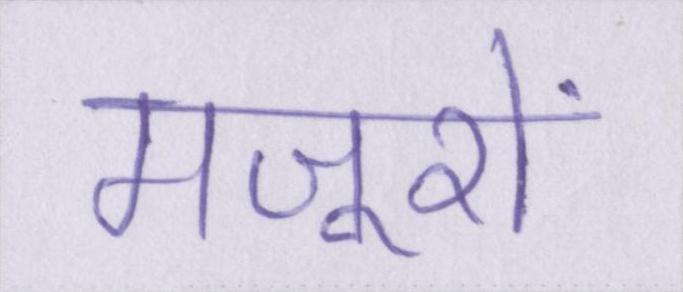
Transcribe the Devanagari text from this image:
मजूरों